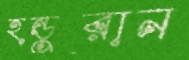
হন্ডুরান